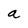
Character: a